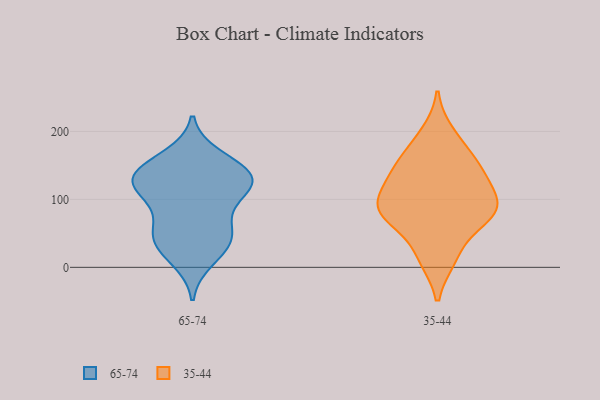
{"axis": {"x": "Bounce Rate (%)", "y": "Value"}, "legend": ["35-44", "65-74"], "data": [{"x": "", "y": 123, "type": "65-74"}, {"x": "", "y": 134, "type": "65-74"}, {"x": "", "y": 163, "type": "65-74"}, {"x": "", "y": 49, "type": "65-74"}, {"x": "", "y": 153, "type": "65-74"}, {"x": "", "y": 94, "type": "65-74"}, {"x": "", "y": 121, "type": "65-74"}, {"x": "", "y": 111, "type": "65-74"}, {"x": "", "y": 29, "type": "65-74"}, {"x": "", "y": 11, "type": "65-74"}, {"x": "", "y": 135, "type": "65-74"}, {"x": "", "y": 62, "type": "65-74"}, {"x": "", "y": 50, "type": "65-74"}, {"x": "", "y": 37, "type": "65-74"}, {"x": "", "y": 137, "type": "65-74"}, {"x": "", "y": 124, "type": "65-74"}, {"x": "", "y": 85, "type": "35-44"}, {"x": "", "y": 13, "type": "35-44"}, {"x": "", "y": 197, "type": "35-44"}, {"x": "", "y": 150, "type": "35-44"}, {"x": "", "y": 73, "type": "35-44"}, {"x": "", "y": 86, "type": "35-44"}, {"x": "", "y": 174, "type": "35-44"}, {"x": "", "y": 126, "type": "35-44"}, {"x": "", "y": 138, "type": "35-44"}, {"x": "", "y": 92, "type": "35-44"}, {"x": "", "y": 17, "type": "35-44"}, {"x": "", "y": 70, "type": "35-44"}, {"x": "", "y": 81, "type": "35-44"}, {"x": "", "y": 144, "type": "35-44"}, {"x": "", "y": 104, "type": "35-44"}]}